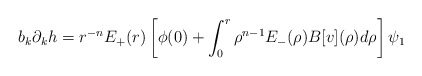
\begin{align*}b_k\partial_k h=r^{-n}E_+(r)\left[\phi(0)+\int_0^r\rho^{n-1}E_-(\rho)B[v](\rho)d\rho\right]\psi_1\end{align*}